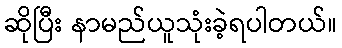
ဆိုပြီး နာမည်ယူသုံးခဲ့ရပါတယ်။